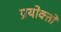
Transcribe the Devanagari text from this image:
प्रयोक्तों